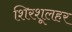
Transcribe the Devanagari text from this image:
शिरशूलहर